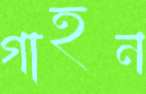
গাহন